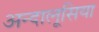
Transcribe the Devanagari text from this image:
अन्दालूसिया